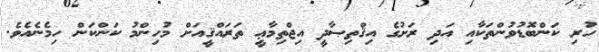
ހުރި ކަންބޮޑުވުންތަކާއި އަދި ރަށުގެ އިޤްތިޞާދީ އިޖްތިމާޢީ ތަރައްޤީއަށް މުހިންމު ކަންކަން ހިމެނެއެވެ.